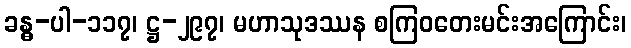
ခန္ဓ-ပါ-၁၁၇၊ ဋ္ဌ-၂၉၇၊ မဟာသုဒဿန စကြဝတေးမင်းအကြောင်း၊